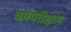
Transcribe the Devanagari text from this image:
धर्मपरीक्षण